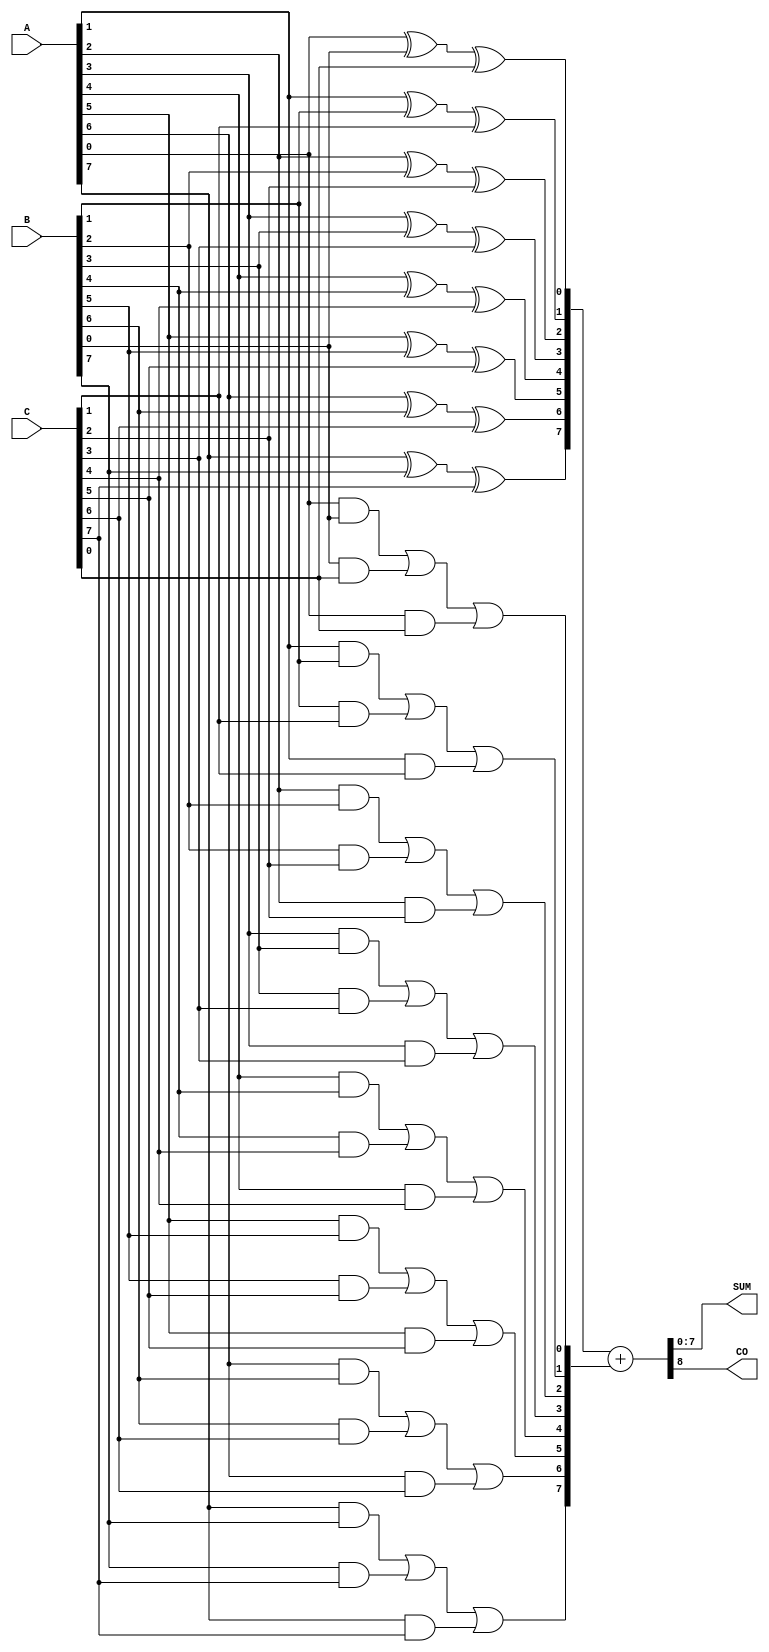
module CarrySaveAdder(
    input [(N-1):0] A,      // First operand
    input [(N-1):0] B,      // Second operand
    input [(N-1):0] C,      // Third operand
    output reg [(N-1):0] SUM, // Final sum output after carry propagation
    output reg CO           // Final carry out
);
    parameter N = 8; // Define bit-width for the operands

    reg [(N-1):0] carry; // Carry bits generated from the CSA
    reg [(N-1):0] sum;   // Sums from the CSA stage

    // Carry Save Stage
    integer i;
    always @(*) begin
        sum = 0;
        carry = 0;

        for (i = 0; i < N; i = i + 1) begin
            sum[i] = A[i] ^ B[i] ^ C[i]; // Sum bit calculation (XOR)
            carry[i] = (A[i] & B[i]) | (B[i] & C[i]) | (A[i] & C[i]); // Carry bit calculation (AND/OR)
        end

        // Carry Propagation Stage
        {CO, SUM} = sum + carry; // Final result by adding CSA sum with carry bits. CO is carry out.
    end

endmodule